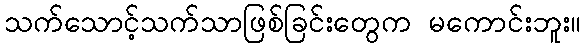
သက်သောင့်သက်သာဖြစ်ခြင်းတွေက မကောင်းဘူး။